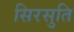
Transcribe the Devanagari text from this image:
सिरसुति